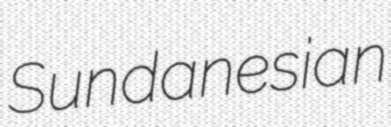
Sundanesian